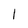
Character: 1